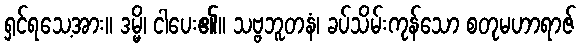
ရှင်ရသေ့အား။ ဒမ္မိ၊ ငါပေး၏။ သဗ္ဗဘူတနံ၊ ခပ်သိမ်းကုန်သော စတုမဟာရာဇ်